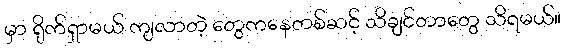
မှာ ရိုက်ရှာမယ် ကျလာတဲ့ တွေကနေတစ်ဆင့် သိချင်တာတွေ သိရမယ်။